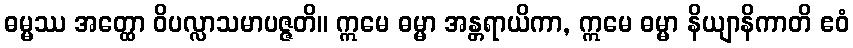
ဓမ္မဿ အတ္ထော ဝိပလ္လာသမာပဇ္ဇတိ။ ဣမေ ဓမ္မာ အန္တရာယိကာ, ဣမေ ဓမ္မာ နိယျာနိကာတိ ဧဝံ